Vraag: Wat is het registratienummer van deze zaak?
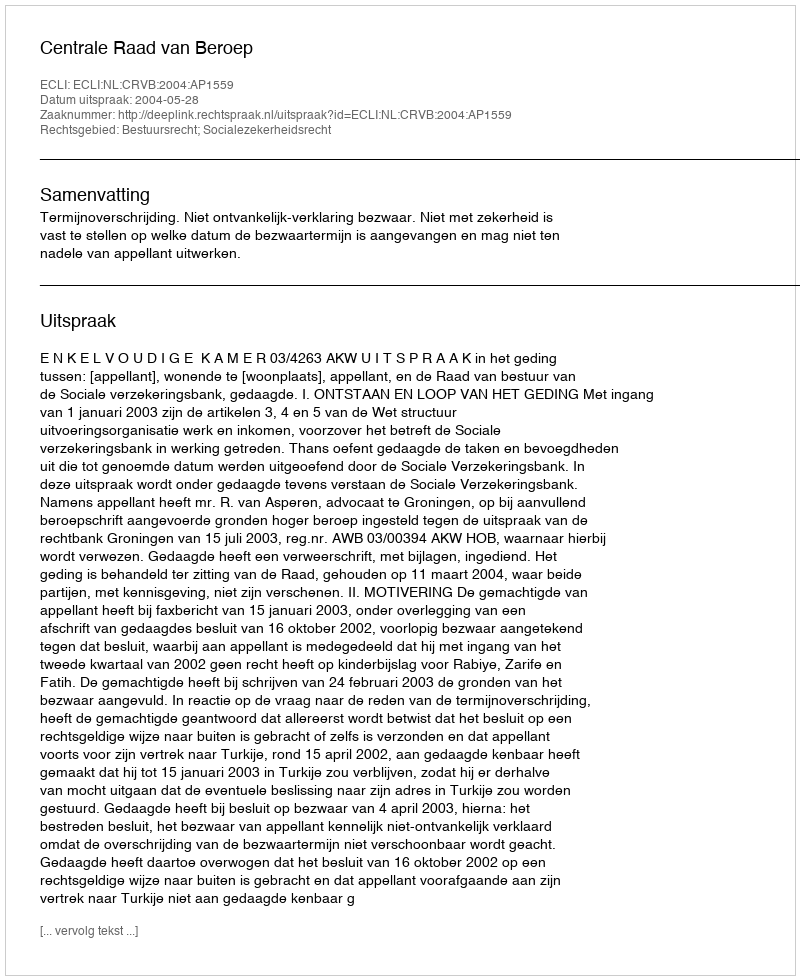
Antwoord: http://deeplink.rechtspraak.nl/uitspraak?id=ECLI:NL:CRVB:2004:AP1559